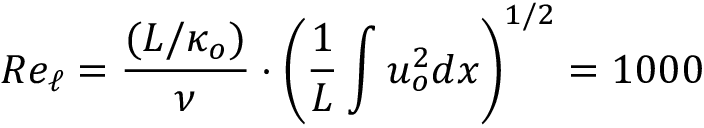
R e _ { \ell } = \frac { ( L / \kappa _ { o } ) } { \nu } \cdot \left( \frac { 1 } { L } \int u _ { o } ^ { 2 } d x \right) ^ { 1 / 2 } = 1 0 0 0